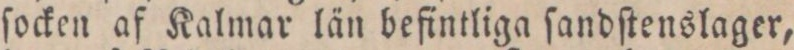
ſocken af Kalmar län befintliga ſandſtenslager,